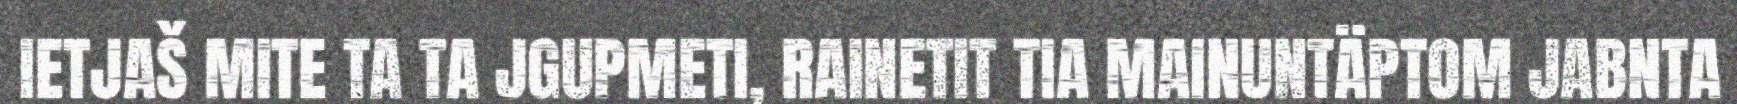
IETJAŠ MITE TA TA JGUPMETI, RAINETIT TIA MAINUNTÄPTOM JABNTA